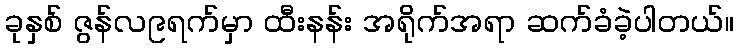
ခုနှစ် ဇွန်လ၉ရက်မှာ ထီးနန်း အရိုက်အရာ ဆက်ခံခဲ့ပါတယ်။